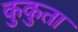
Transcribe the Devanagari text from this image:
कुकुता